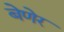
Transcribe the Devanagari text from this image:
बेणेर